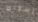
بإسقاط